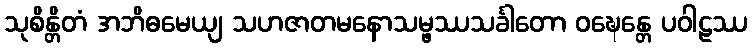
သုစိန္တိတံ အဘိဓမေယျ သဟဇာတမနောသမ္ဖဿသင်္ခါတော ဝဍ္ဎေန္တေ ပဝါဠဿ